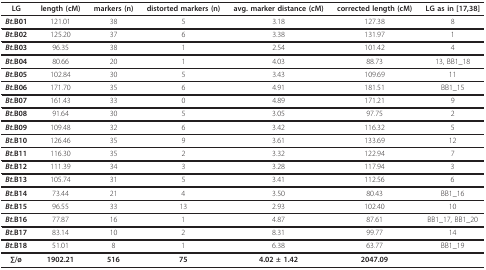
<table><thead><tr><td><b>LG</b></td><td><b>length (cM)</b></td><td><b>markers (n)</b></td><td><b>distorted markers (n)</b></td><td><b>avg. marker distance (cM)</b></td><td><b>corrected length (cM)</b></td><td><b>LG as in [17,38]</b></td></tr></thead><tbody><tr><td><b><i>Bt.</i>B01</b></td><td>121.01</td><td>38</td><td>5</td><td>3.18</td><td>127.38</td><td>8</td></tr><tr><td><b><i>Bt.</i>B02</b></td><td>125.20</td><td>37</td><td>6</td><td>3.38</td><td>131.97</td><td>1</td></tr><tr><td><b><i>Bt.</i>B03</b></td><td>96.35</td><td>38</td><td>1</td><td>2.54</td><td>101.42</td><td>4</td></tr><tr><td><b><i>Bt.</i>B04</b></td><td>80.66</td><td>20</td><td>1</td><td>4.03</td><td>88.73</td><td>13, BB1_18</td></tr><tr><td><b><i>Bt.</i>B05</b></td><td>102.84</td><td>30</td><td>5</td><td>3.43</td><td>109.69</td><td>11</td></tr><tr><td><b><i>Bt.</i>B06</b></td><td>171.70</td><td>35</td><td>6</td><td>4.91</td><td>181.51</td><td>BB1_15</td></tr><tr><td><b><i>Bt.</i>B07</b></td><td>161.43</td><td>33</td><td>0</td><td>4.89</td><td>171.21</td><td>9</td></tr><tr><td><b><i>Bt.</i>B08</b></td><td>91.64</td><td>30</td><td>5</td><td>3.05</td><td>97.75</td><td>2</td></tr><tr><td><b><i>Bt.</i>B09</b></td><td>109.48</td><td>32</td><td>6</td><td>3.42</td><td>116.32</td><td>5</td></tr><tr><td><b><i>Bt.</i>B10</b></td><td>126.46</td><td>35</td><td>9</td><td>3.61</td><td>133.69</td><td>12</td></tr><tr><td><b><i>Bt.</i>B11</b></td><td>116.30</td><td>35</td><td>2</td><td>3.32</td><td>122.94</td><td>7</td></tr><tr><td><b><i>Bt.</i>B12</b></td><td>111.39</td><td>34</td><td>3</td><td>3.28</td><td>117.94</td><td>3</td></tr><tr><td><b><i>Bt.</i>B13</b></td><td>105.74</td><td>31</td><td>5</td><td>3.41</td><td>112.56</td><td>6</td></tr><tr><td><b><i>Bt.</i>B14</b></td><td>73.44</td><td>21</td><td>4</td><td>3.50</td><td>80.43</td><td>BB1_16</td></tr><tr><td><b><i>Bt.</i>B15</b></td><td>96.55</td><td>33</td><td>13</td><td>2.93</td><td>102.40</td><td>10</td></tr><tr><td><b><i>Bt.</i>B16</b></td><td>77.87</td><td>16</td><td>1</td><td>4.87</td><td>87.61</td><td>BB1_17, BB1_20</td></tr><tr><td><b><i>Bt.</i>B17</b></td><td>83.14</td><td>10</td><td>2</td><td>8.31</td><td>99.77</td><td>14</td></tr><tr><td><b><i>Bt.</i>B18</b></td><td>51.01</td><td>8</td><td>1</td><td>6.38</td><td>63.77</td><td>BB1_19</td></tr><tr><td><b>∑/ø</b></td><td><b>1902.21</b></td><td><b>516</b></td><td><b>75</b></td><td><b>4.02 ± 1.42</b></td><td><b>2047.09</b></td><td></td></tr></tbody></table>